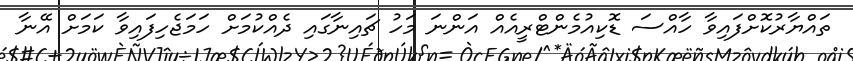
ތައްޔާރުކޮށްފައިވާ ހާއްސަ ޑޮކިއުމެންޓްރީއެއް އަންނަ މަހު ޗައިނާގައި ދެއްކުމަށް ހަމަޖެހިފައިވާ ކަމަށް އޭނާ